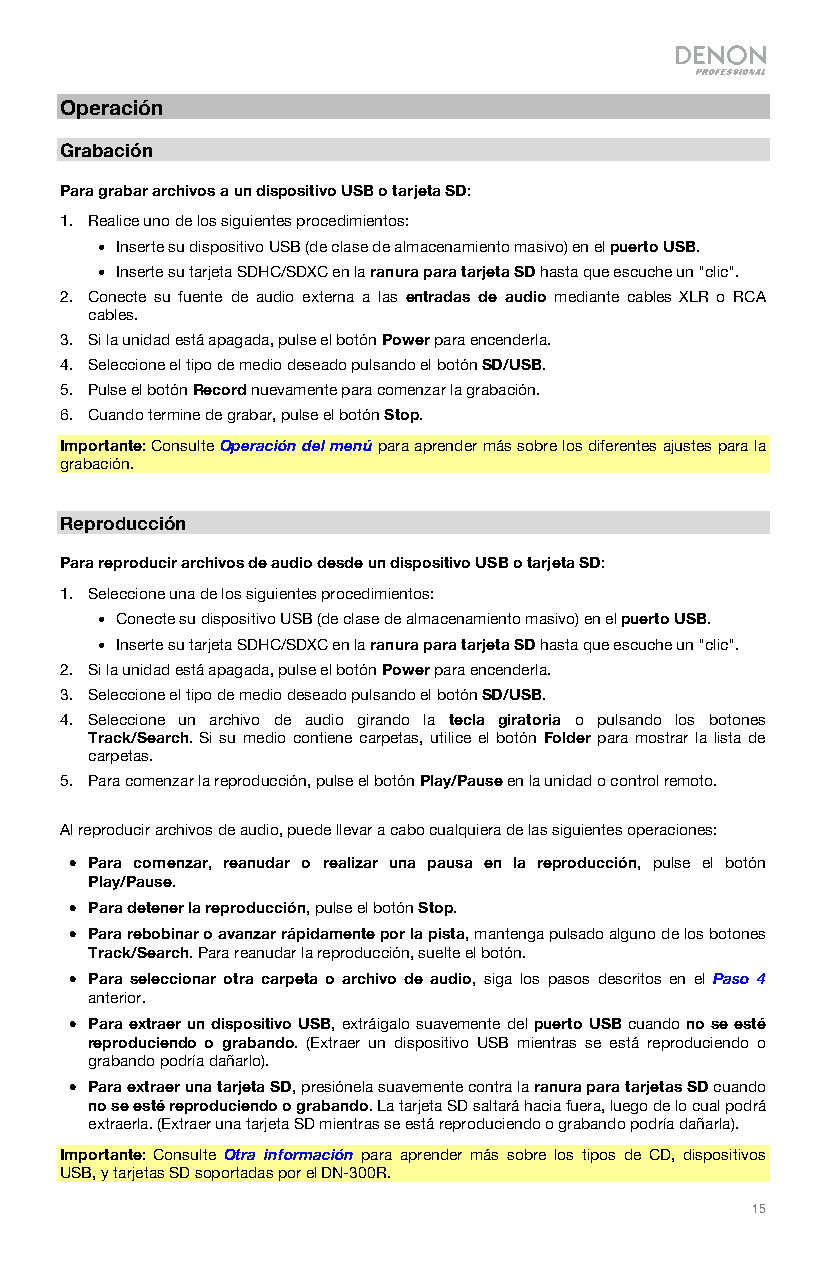
Operación
 Grabación
 Para grabar archivos a un dispositivo USB o tarjeta SD:
 1. Realice uno de los siguientes procedimientos:
 • Inserte su dispositivo USB (de clase de almacenamiento masivo) en el puerto USB.
 • Inserte su tarjeta SDHC/SDXC en la ranura para tarjeta SD hasta que escuche un "clic".
 2. Conecte su fuente de audio externa a las entradas de audio mediante cables XLR o RCA
 cables.
 3. Si la unidad está apagada, pulse el botón Power para encenderla.
 4. Seleccione el tipo de medio deseado pulsando el botón SD/USB.
 5. Pulse el botón Record nuevamente para comenzar la grabación.
 6. Cuando termine de grabar, pulse el botón Stop.
 Importante: Consulte Operación del menú para aprender más sobre los diferentes ajustes para la
 grabación.
 Reproducción
 Para reproducir archivos de audio desde un dispositivo USB o tarjeta SD:
 1. Seleccione una de los siguientes procedimientos:
 • Conecte su dispositivo USB (de clase de almacenamiento masivo) en el puerto USB.
 • Inserte su tarjeta SDHC/SDXC en la ranura para tarjeta SD hasta que escuche un "clic".
 2. Si la unidad está apagada, pulse el botón Power para encenderla.
 3. Seleccione el tipo de medio deseado pulsando el botón SD/USB.
 4. Seleccione un archivo de audio girando la tecla giratoria o pulsando los botones
 Track/Search. Si su medio contiene carpetas, utilice el botón Folder para mostrar la lista de
 carpetas.
 5. Para comenzar la reproducción, pulse el botón Play/Pause en la unidad o control remoto.
 Al reproducir archivos de audio, puede llevar a cabo cualquiera de las siguientes operaciones:
 • Para comenzar, reanudar o realizar una pausa en la reproducción, pulse el botón
 Play/Pause.
 • Para detener la reproducción, pulse el botón Stop.
 • Para rebobinar o avanzar rápidamente por la pista, mantenga pulsado alguno de los botones
 Track/Search. Para reanudar la reproducción, suelte el botón.
 • Para seleccionar otra carpeta o archivo de audio, siga los pasos descritos en el Paso 4
 anterior.
 • Para extraer un dispositivo USB, extráigalo suavemente del puerto USB cuando no se esté
 reproduciendo o grabando. (Extraer un dispositivo USB mientras se está reproduciendo o
 grabando podría dañarlo).
 • Para extraer una tarjeta SD, presiónela suavemente contra la ranura para tarjetas SD cuando
 no se esté reproduciendo o grabando. La tarjeta SD saltará hacia fuera, luego de lo cual podrá
 extraerla. (Extraer una tarjeta SD mientras se está reproduciendo o grabando podría dañarla).
 Importante: Consulte Otra información para aprender más sobre los tipos de CD, dispositivos
 USB, y tarjetas SD soportadas por el DN-300R.
 15